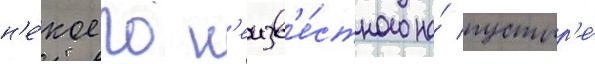
н'е́коего н'еизв'е́стного на́ пустыр'е́